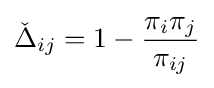
{\check {\Delta }}_{ij}=1-{\frac {\pi _{i}\pi _{j}}{\pi _{ij}}}